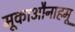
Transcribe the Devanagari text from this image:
मूकाऔनाहमू